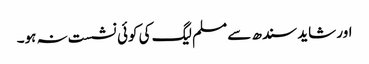
اور شاید سندھ سے مسلم لیگ کی کوئی نشست نہ ہو۔